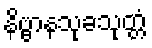
နိဗ္ဗာနသုခသုတ္တံ